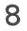
8